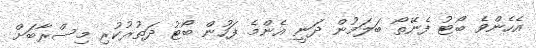
އެހެންވެ ބޯޓު ފެނޭތޯ ބަލަމުން ދަނީ އެންމެ ފަހުން ބޯޓު ދަތުރުކުރި މިސްރާބަށް